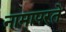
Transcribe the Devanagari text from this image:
नामापरते